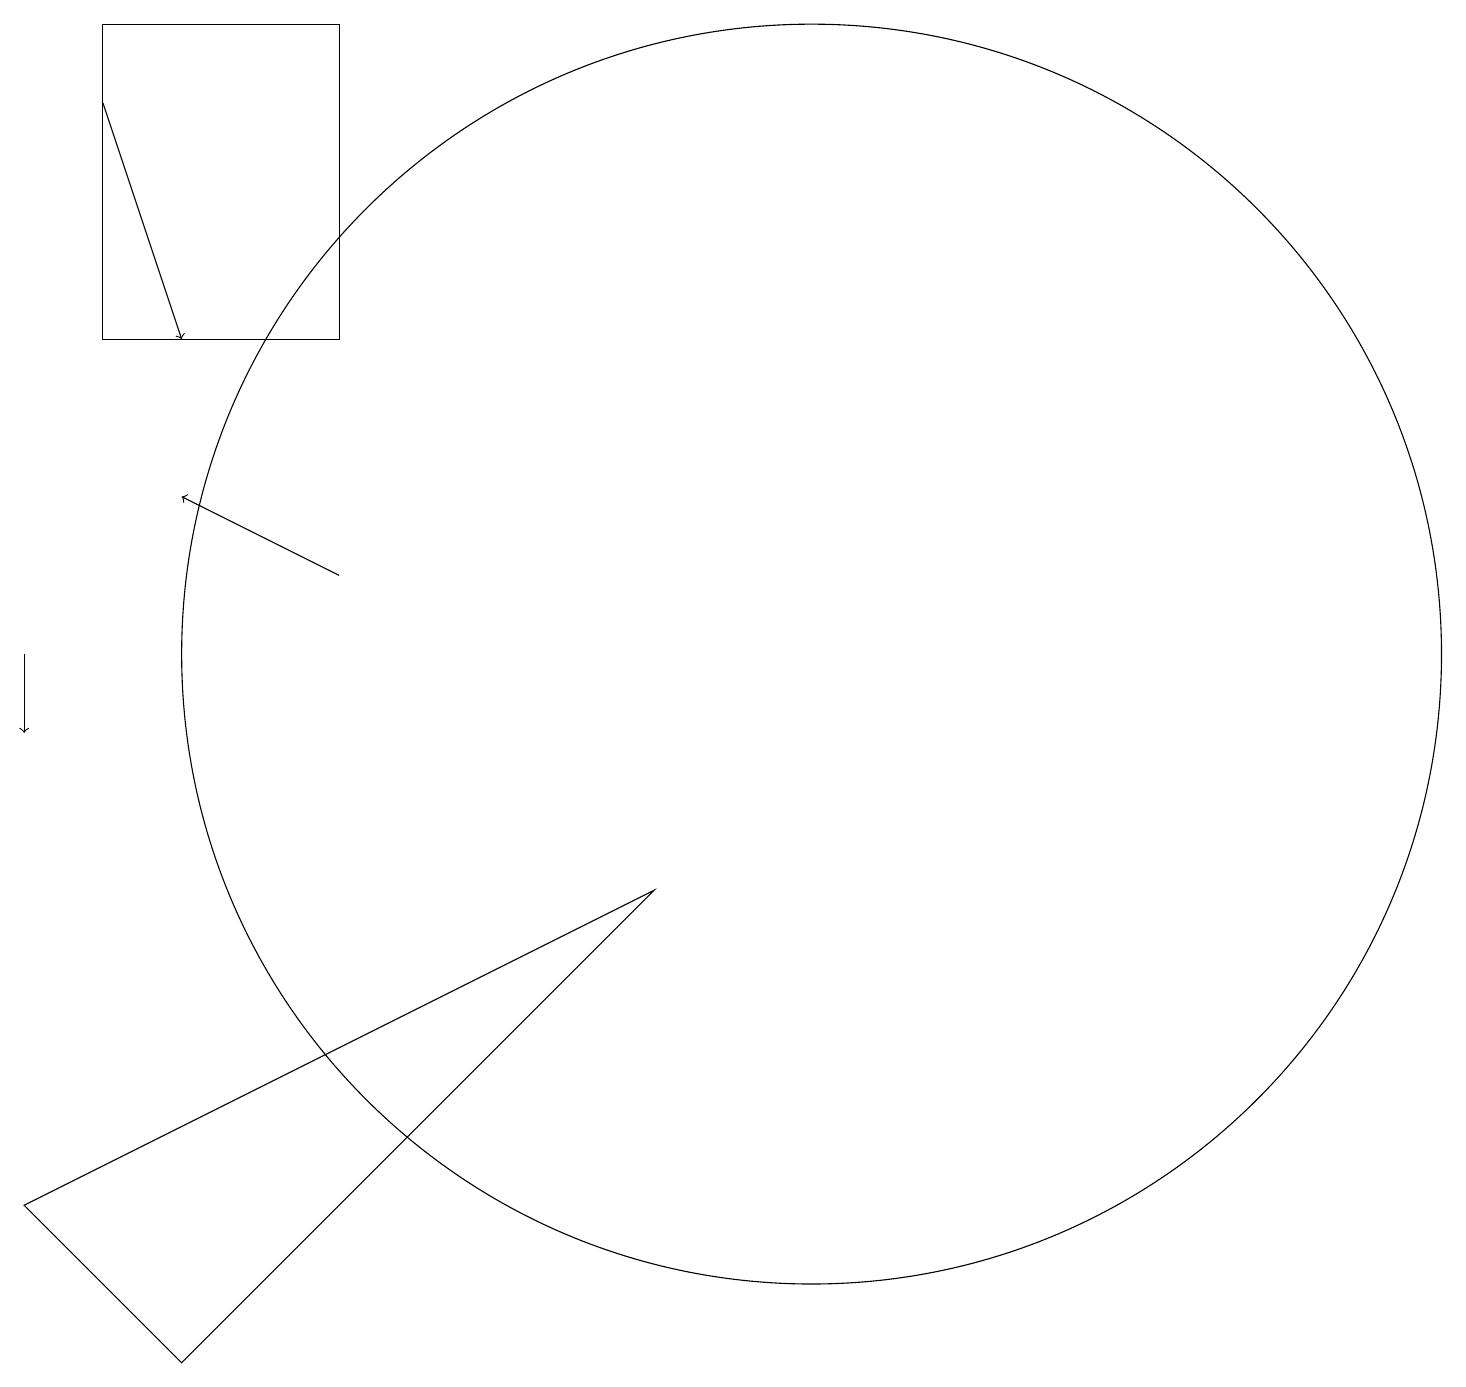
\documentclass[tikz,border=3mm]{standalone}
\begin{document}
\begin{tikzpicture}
\draw (3,2) -- (9,8) -- (1,4) -- cycle;
\draw[->] (1,11) -- (1,10);
\draw (11,11) circle (8);
\draw (2,19) rectangle (5,15);
\draw[->] (5,12) -- (3,13);
\draw[->] (2,18) -- (3,15);
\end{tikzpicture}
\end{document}